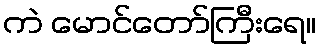
ကဲ မောင်တော်ကြီးရေ။